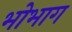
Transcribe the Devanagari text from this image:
भोभाग